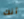
أنك